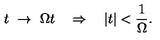
t \ \rightarrow \ \Omega t \quad \Rightarrow \quad | t | < \frac { 1 } { \Omega } .